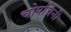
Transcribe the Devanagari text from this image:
चोपचिनी